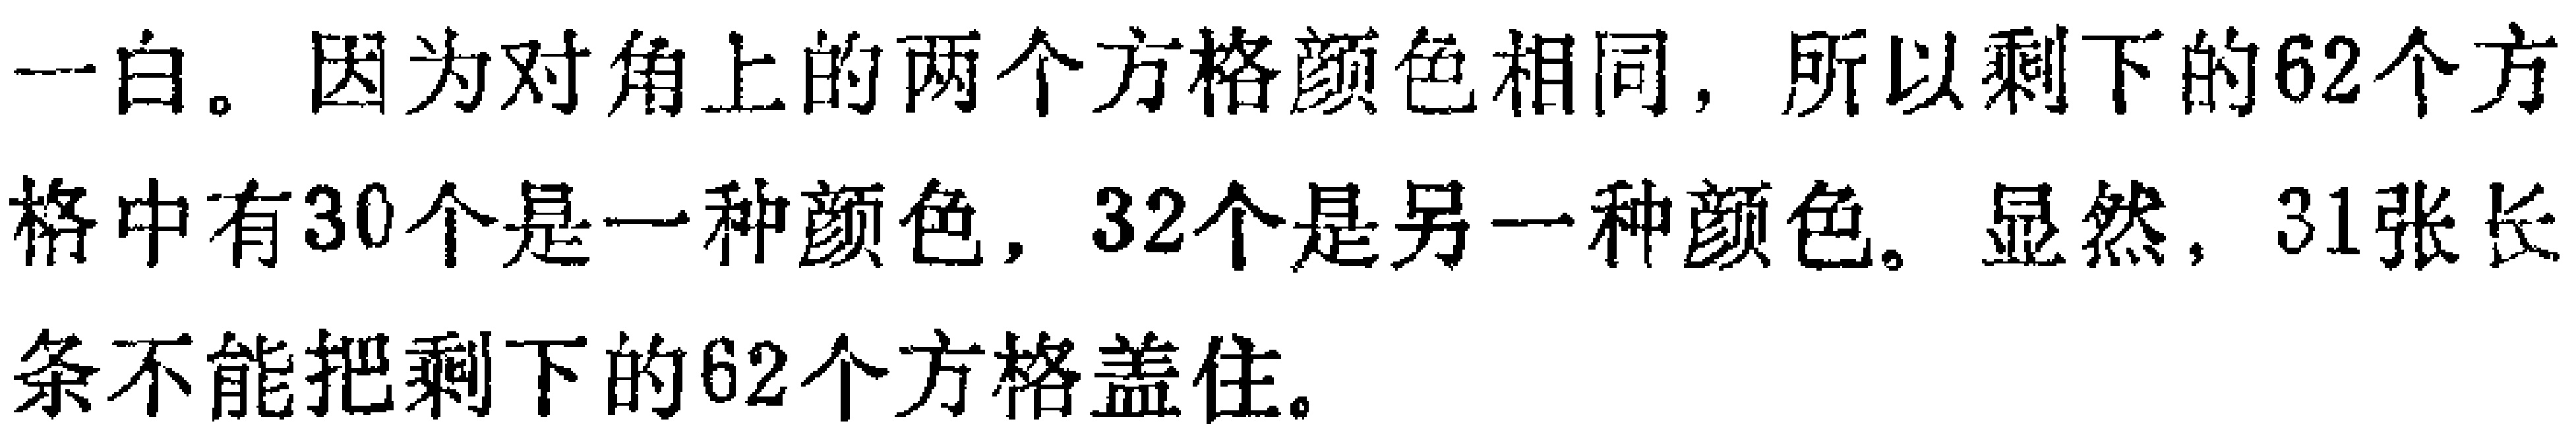
一白。因为对角上的两个方格颜色相同，所以剩下的62个方

格中有30个是一种颜色，32个是另一种颜色。显然，31张长

条不能把剩下的62个方格盖住。